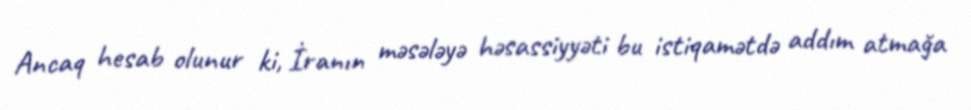
Ancaq hesab olunur ki, İranın məsələyə həsassiyyəti bu istiqamətdə addım atmağa